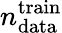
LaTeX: n_{\mathrm{data}}^{\mathrm{train}}